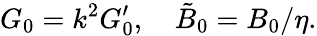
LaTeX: G_{0}=k^{2}G_{0}^{\prime},\quad\tilde{B}_{0}=B_{0}/\eta.